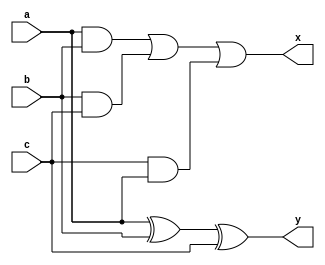
module full_st(a, b, c, y, x);
	input a, b, c;
	output y, x;
	xor x1(y,a,b,c);
	wire w1;
	wire w2;
	wire w3;
	and d1(w1,a,b);
	and d2(w2,b,c);
	and d3(w3,c,a);
	or r1(x,w1,w2,w3); 
endmodule